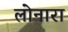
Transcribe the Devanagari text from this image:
लोनारा